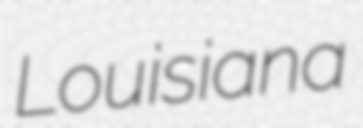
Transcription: Louisiana